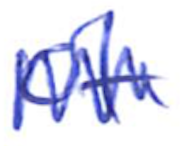
Text: of
Cross-out: zig-zag
Writing tool: ballpoint